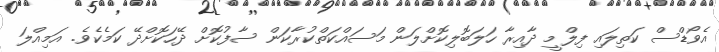
އެވޯޑްސް ކަތިލައި ފިލްމީ ދާއިރާ ހަލަބޮލިކޮށްލަން މަސައްކަތްކުރާކަން ސާފުކޮށް ދޭހަކޮށްދޭ ކަމެކެވެ. އަމިއްލަ